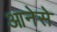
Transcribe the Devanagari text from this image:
आनेसे